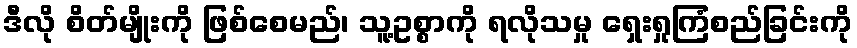
ဒီလို စိတ်မျိုးကို ဖြစ်စေမည်၊ သူ့ဥစ္စာကို ရလိုသမှု ရှေးရှုကြံစည်ခြင်းကို